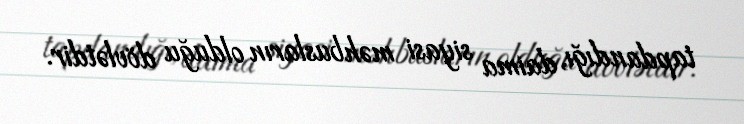
tapdandığı, daima siyasi məhbusların olduğu dövlətdir.